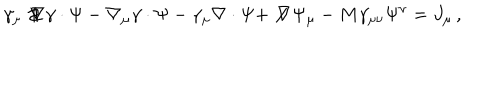
LaTeX: \gamma _ { \mu } \not \! \nabla \gamma \cdot \Psi - \nabla _ { \mu } \gamma \cdot \Psi - \gamma _ { \mu } \nabla \cdot \Psi + \not \! \nabla \Psi _ { \mu } - M \gamma _ { \mu \nu } \Psi ^ { \nu } = J _ { \mu } \, ,